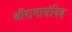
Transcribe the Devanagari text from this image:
श्रीरामासंनिध